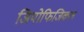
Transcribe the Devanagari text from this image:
जियोफिजिकल